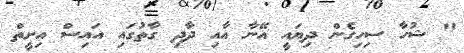
" ޝުހާ ސިހިގެން ދިޔައީ އޭނާ އާއި ދާދި ގާތުގައި އައިސް އިށީތް